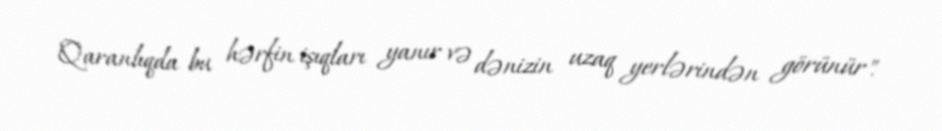
Qaranlıqda bu hərfin işıqları yanır və dənizin uzaq yerlərindən görünür".